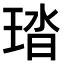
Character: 𤦊